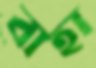
বাহা